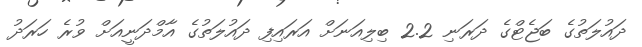
ދައުލަތުގެ ބަޖެޓްގެ ދަރަނި 2.2 ބިލިއަނަށް އަރައިފި ދައުލަތުގެ އާމްދަނީއަށް ވުރެ ހަރަދު